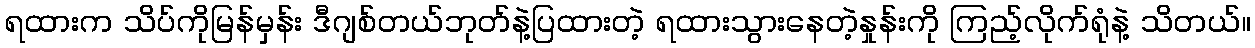
ရထားက သိပ်ကိုမြန်မှန်း ဒီဂျစ်တယ်ဘုတ်နဲ့ပြထားတဲ့ ရထားသွားနေတဲ့နှုန်းကို ကြည့်လိုက်ရုံနဲ့ သိတယ်။